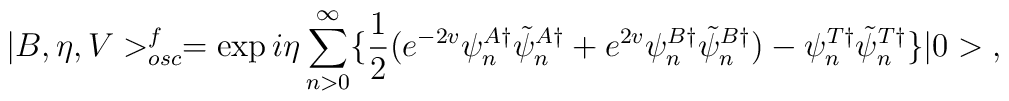
|B,\eta,V>^f_{osc}=\exp{i\eta\sum_{n>0}^{\infty}\{\frac{1}{2}(e^{-2v}\psi^{A\dagger}_{n}\tilde{\psi}^{A\dagger}_{n}+e^{2v}\psi^{B\dagger}_{n}\tilde{\psi}^{B\dagger}_{n})-\psi^{T \dagger}_{n}\tilde{\psi}^{T \dagger}_{n}\}}|0>\;,